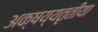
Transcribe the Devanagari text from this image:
अक्षय्यतृतीया